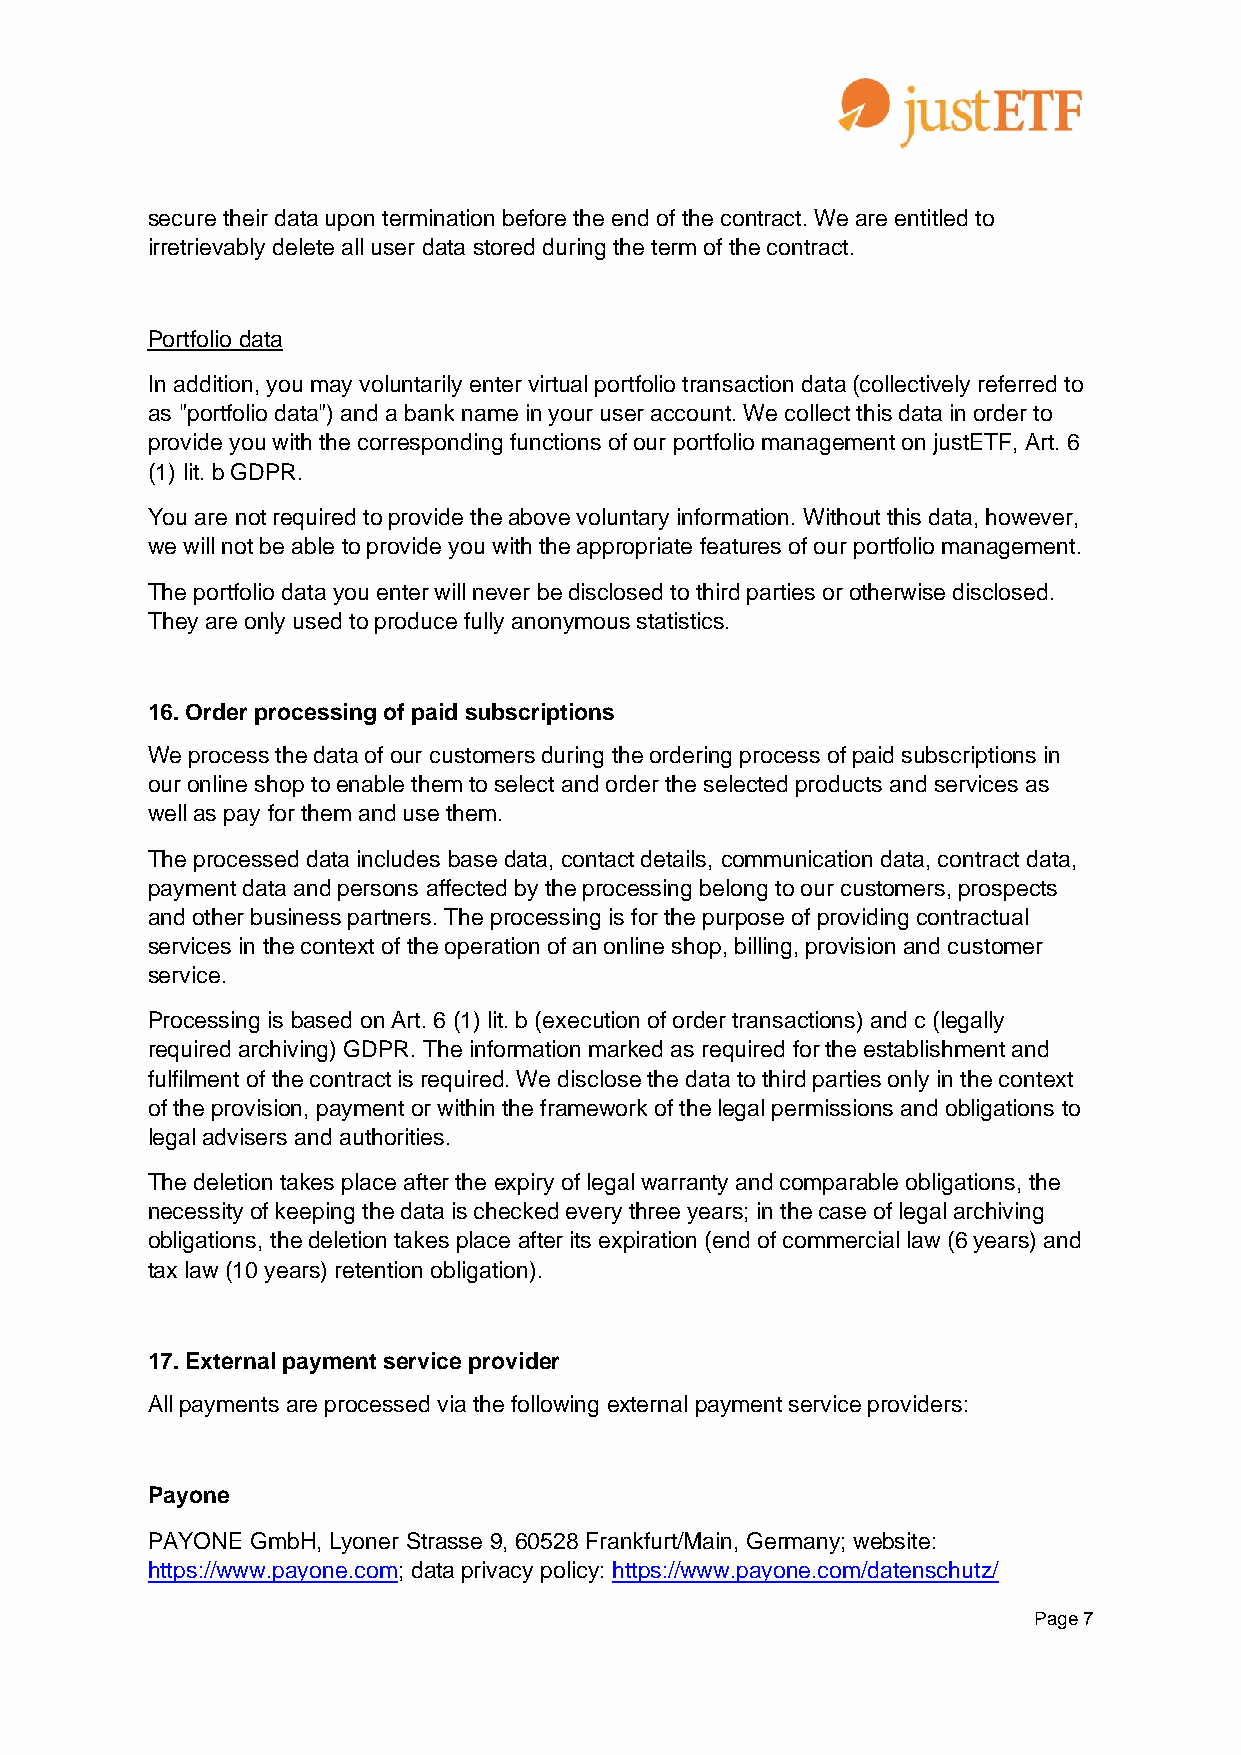
secure their data upon termination before the end of the contract. We are entitled to
 irretrievably delete all user data stored during the term of the contract.
 Portfolio data
 In addition, you may voluntarily enter virtual portfolio transaction data (collectively referred to
 as "portfolio data") and a bank name in your user account. We collect this data in order to
 provide you with the corresponding functions of our portfolio management on justETF, Art. 6
 (1) lit. b GDPR.
 You are not required to provide the above voluntary information. Without this data, however,
 we will not be able to provide you with the appropriate features of our portfolio management.
 The portfolio data you enter will never be disclosed to third parties or otherwise disclosed.
 They are only used to produce fully anonymous statistics.
 16. Order processing of paid subscriptions
 We process the data of our customers during the ordering process of paid subscriptions in
 our online shop to enable them to select and order the selected products and services as
 well as pay for them and use them.
 The processed data includes base data, contact details, communication data, contract data,
 payment data and persons affected by the processing belong to our customers, prospects
 and other business partners. The processing is for the purpose of providing contractual
 services in the context of the operation of an online shop, billing, provision and customer
 service.
 Processing is based on Art. 6 (1) lit. b (execution of order transactions) and c (legally
 required archiving) GDPR. The information marked as required for the establishment and
 fulfilment of the contract is required. We disclose the data to third parties only in the context
 of the provision, payment or within the framework of the legal permissions and obligations to
 legal advisers and authorities.
 The deletion takes place after the expiry of legal warranty and comparable obligations, the
 necessity of keeping the data is checked every three years; in the case of legal archiving
 obligations, the deletion takes place after its expiration (end of commercial law (6 years) and
 tax law (10 years) retention obligation).
 17. External payment service provider
 All payments are processed via the following external payment service providers:
 Payone
 PAYONE GmbH, Lyoner Strasse 9, 60528 Frankfurt/Main, Germany; website:
 https://www.payone.com; data privacy policy: https://www.payone.com/datenschutz/
 Page 7